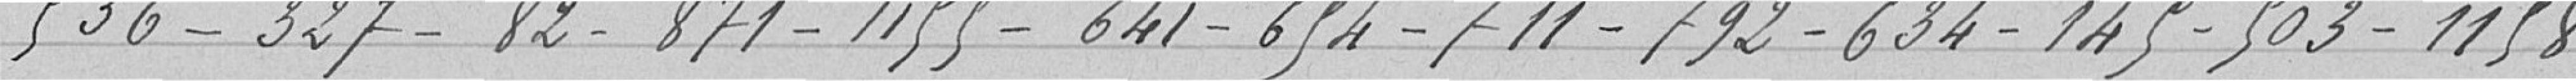
536-327-82-871-1155-641-654-711-792-634-145-503-1158-